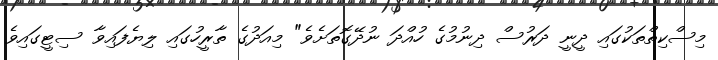
މިސްކިތްތަކުގައި ދީނީ ދަރުސް ދިނުމުގެ ހުއްދަ ނުދޭގޮތަށެވެ" މިއަދުގެ ތާރީހުގައި ލިޔެފައިވާ ސިޓީގައިވެ